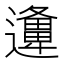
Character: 𨘡